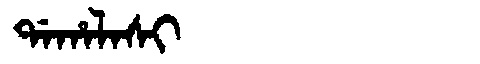
Manchu: ᡩᠠᡥᠠᠯᠠᠰᡳ
Romanization: DAHALASI